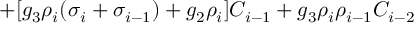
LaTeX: + [ g _ { 3 } \rho _ { i } ( \sigma _ { i } + \sigma _ { i - 1 } ) + g _ { 2 } \rho _ { i } ] C _ { i - 1 } + g _ { 3 } \rho _ { i } \rho _ { i - 1 } C _ { i - 2 }